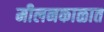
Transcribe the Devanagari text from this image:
मीलनकाळात